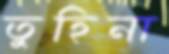
তুহিনা